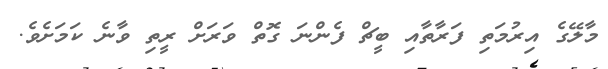
މާލޭގެ އިރުމަތި ފަރާތާއި ބީޗް ފެންނަ ގޮތް ވަރަށް ރީތި ވާނެ ކަމަށެވެ.